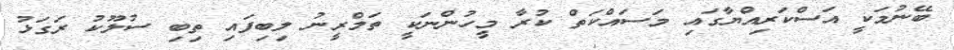
ބޭނުމަކީ އަސްކަރިއްޔާގައި މަސައްކަތް ކުރާ މީހުންނަކީ ތަމްރީނު ލިބިފައި ތިބި ސުލޫކު ރަގަޅު